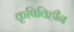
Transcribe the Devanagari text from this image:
कृषिविहीन